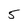
Character: 5